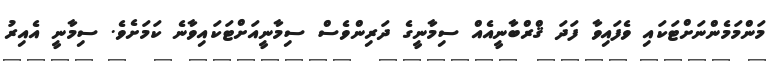
މަންމަމެންނަށްޓަކައި ވެފައިވާ ފަދަ ޤްރްބާނީއެއް ސިމާނީގެ ދަރިންވެސް ސިމާނީއަށްޓަކައިވާނެ ކަމަށެވެ. ސިމާނީ އެއިރު